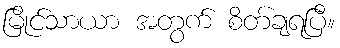
မြိုင်သာယာ အတွက် စိတ်ချရပြီ။